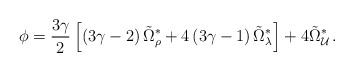
LaTeX: \begin{align*}\phi = \frac{3\gamma}{2}\left[ \left(3\gamma-2\right)\tilde{\Omega}^\ast_\rho+4\left(3\gamma-1\right)\tilde{\Omega}^\ast_\lambda\right]+4\tilde{\Omega}^\ast_{\cal U}\,.\end{align*}